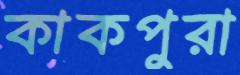
কাকপুরা